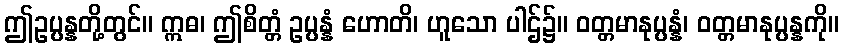
ဤဥပ္ပန္နတို့တွင်။ ဣဓ၊ ဤစိတ္တံ ဥပ္ပန္နံ ဟောတိ၊ ဟူသော ပါဌ်၌။ ဝတ္တမာနုပ္ပန္နံ၊ ဝတ္တမာနုပ္ပန္နကို။